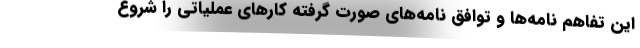
این تفاهم نامه‌ها و توافق نامه‌های صورت گرفته کارهای عملیاتی را شروع